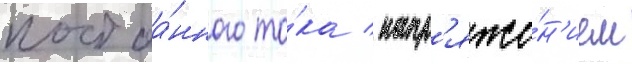
постоа́нного то́ка / напр'яже́н'ием